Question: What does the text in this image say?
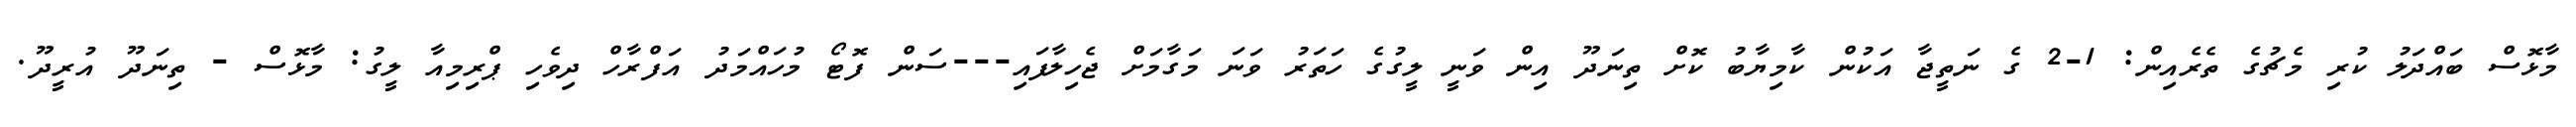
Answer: މާޅޮސް ބައްދަލު ކުރި މެޗުގެ ތެރެއިން: 1-2 ގެ ނަތީޖާ އަކުން ކާމިޔާބު ކޮށް ތިނަދޫ އިން ވަނީ ލީގުގެ ހަތަރު ވަނަ މަގާމަށް ޖެހިލާފައި---ސަން ފޮޓޯ މުހައްމަދު އަފްރާހް ދިވެހި ޕްރިމިއާ ލީގު: މާޅޮސް - ތިނަދޫ އުރީދޫ.